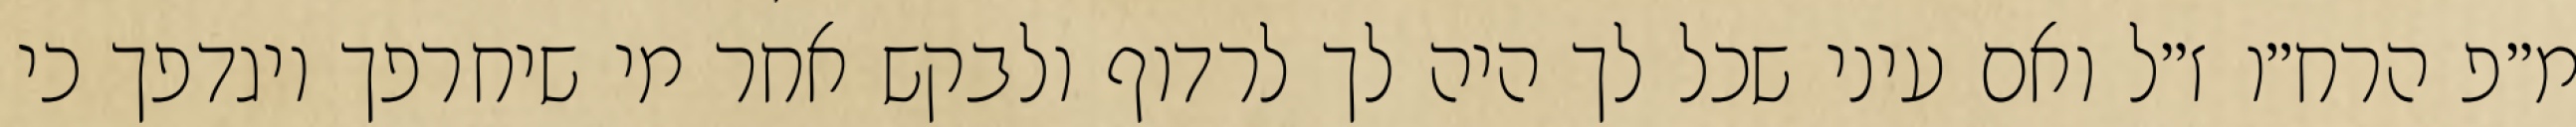
מ״פ הרח״ו ז״ל ואם עיני שכל לך היה לך לרדוף ולבקש אחר מי שיחרפך ויגדפך כי